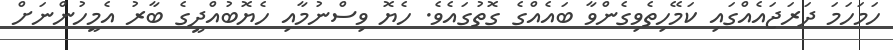
ހަމަހަމަ ދަރަޖައެއްގައި ކަމޭހިތެވިގެންވާ ބައެއްގެ ގޮތުގައެވެ. ހެޔޮ ވިސްނުމާއި ހެޔޮބުއްދީގެ ބާރު އެމީހުންނަށް